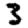
Digit: 3